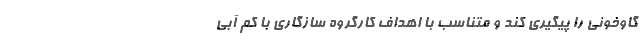
گاوخونی را پیگیری کند و متناسب با اهداف کارگروه سازگاری با کم آبی